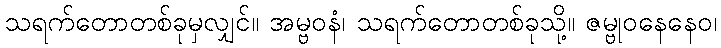
သရက်တောတစ်ခုမှလျှင်။ အမ္ဗဝနံ၊ သရက်တောတစ်ခုသို့။ ဇမ္ဗုဝနေနေဝ၊